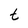
Character: t